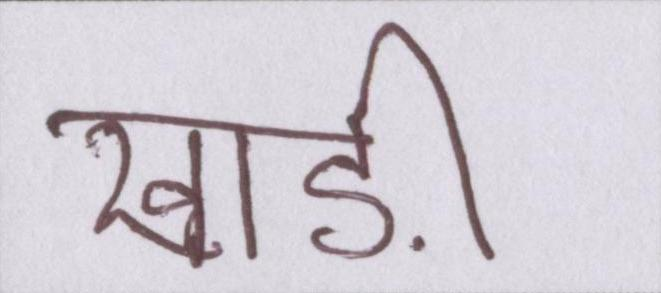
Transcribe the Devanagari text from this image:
खाड़ी